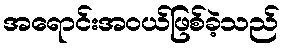
အရောင်းအဝယ်ဖြစ်ခဲ့သည်